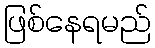
ဖြစ်နေရမည်